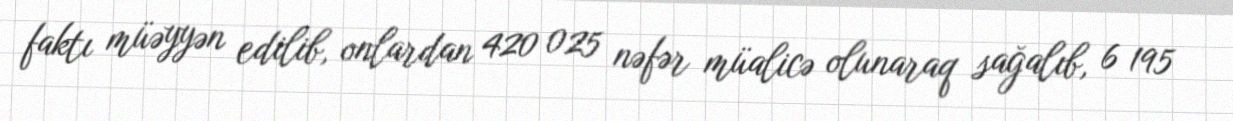
faktı müəyyən edilib, onlardan 420 025 nəfər müalicə olunaraq sağalıb, 6 195